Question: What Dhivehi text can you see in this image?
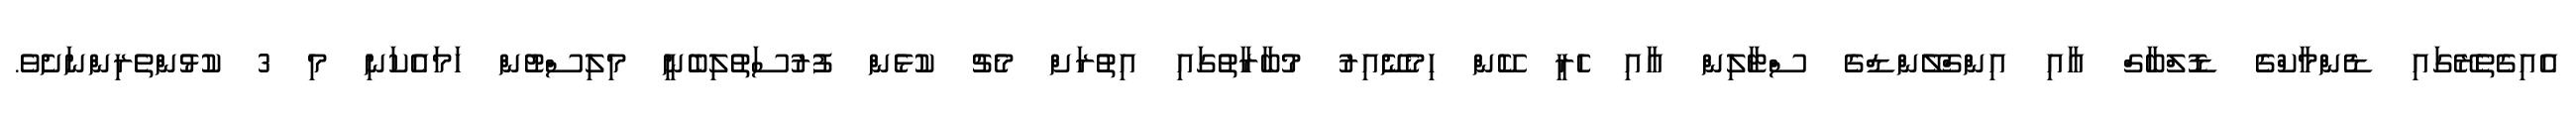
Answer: އެއިގެތެރޭގައި ޑެންމާކްގެ ޑޮލްބާގް އާއި އިންގްލޭންޑްގެ ސްޓާލިން އާއި ހެރީ ކޭން ހިމެނޭއިރު މުބާރާތުގައި އިތުރަށް މެޗު ކުޅެން ފުރުސަތުލިބެނީ މިލިސްޓުން ހަމައެކަނި މި 3 ކުޅުންތެރިންނަށެވެ.